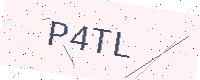
Text: P4TL